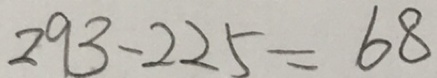
2 9 3 - 2 2 5 = 6 8